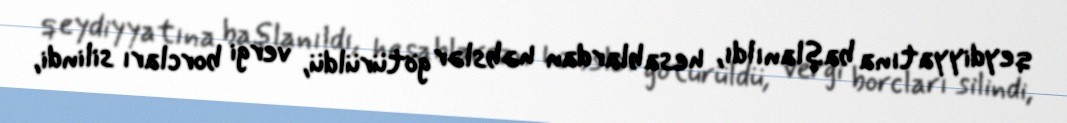
qeydiyyatına başlanıldı, hesablardan həbslər götürüldü, vergi borcları silindi,